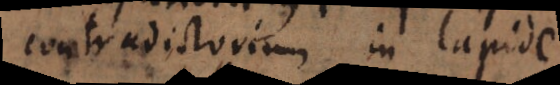
contradictorium in lapide.